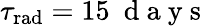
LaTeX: \tau_{\mathrm{rad}}=15~\mathrm{~d~a~y~s~}